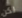
لكن